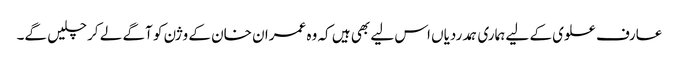
عارف علوی کے لیے ہماری ہمدردیاں اس لیے بھی ہیں کہ وہ عمران خان کے وژن کو آگے لے کر چلیں گے۔